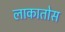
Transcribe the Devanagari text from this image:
लाकातोस